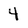
Character: 4